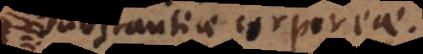
substantiam corporis,